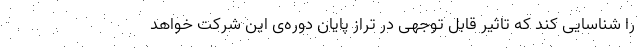
را شناسایی کند که تاثیر قابل توجهی در تراز پایان دوره‌ی این شرکت خواهد